Civil Veterinary Department. United Provinces 1923-31 - 1923-1931
Year: 1923
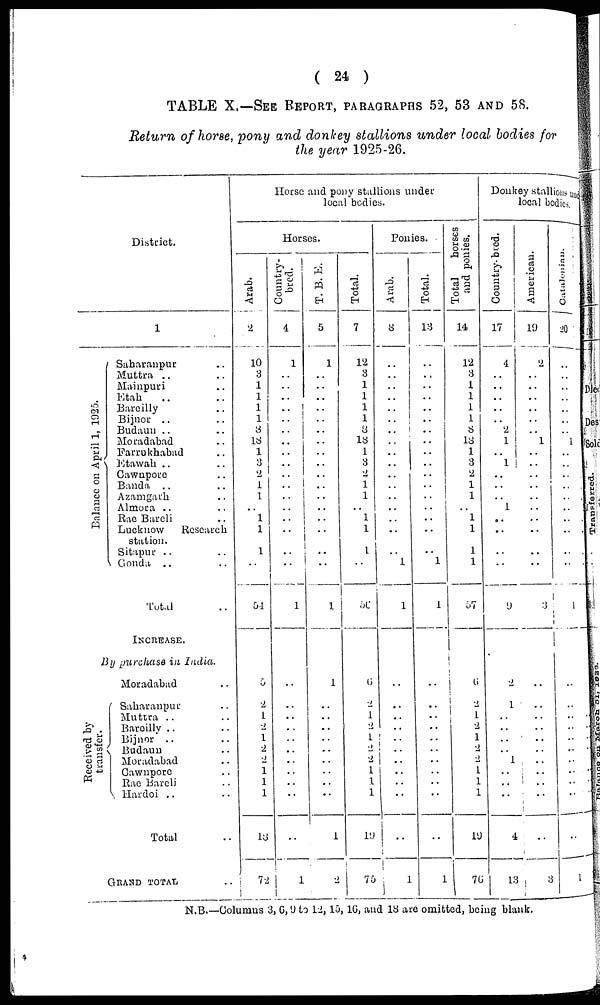
( 24 )
TABLE X.—SEE REPORT, PARAGRAPHS 52, 53 AND 58.
Return of horse, pony and donkey stallions under local bodies for
the year 1925-26.
District.
1
Ba l
a nc e on Apri l 1, 1925.
Saharanpur ..
Muttra .. ..
Mainpuri ..
Etah .. ..
Bareilly ..
Bijnor .. ..
Budaun .. ..
Moradabad ..
Farrukhabad ..
Etawah .. ..
Cawnpore ..
Banda .. ..
Azamgarh ..
Almora .. ..
Rae Bareli ..
Lucknow
Research
station.
Sitapur .. ..
Gonda .. ..
Total ..
INCREASE.
By purchase in India.
Moradabad ..
Received byt ransfer.
Saharaupur ..
Muttra .. ..
Bareilly .. ..
Bijnor .. ..
Budaun ..
Moradabad ..
Cawnpore ..
Rae Bareli ..
Hardoi .. ..
Total
GRAND TOTAL ..
Horse and pony stallions under
local bodies.
Horses.
Arab.
2
10
3
1
1
1
1
8
18
1
3
2
1
1
..
1
1
1
..
54
5
2
1
2
1
2
2
1
1
1
18
72
Country-
bred.
4
1
..
..
..
..
..
..
..
..
..
..
..
..
..
..
..
..
..
1
..
..
..
..
..
..
..
..
..
..
..
1
T. B. E.
5
1
..
..
..
..
..
..
..
..
..
..
..
..
..
..
..
..
..
1
1
..
..
..
..
..
..
..
..
..
1
2
Total.
7
12
3
1
1
1
1
8
18
1
3
2
1
1
..
1
1
1
..
56
6
2
1
2
1
2
2
1
1
1
19
75
Ponies.
Arab.
8
..
..
..
..
..
..
..
..
..
..
..
..
..
..
..
..
..
1
1
..
..
..
..
..
..
..
..
..
..
..
1
Total.
13
..
..
..
..
..
..
..
..
..
..
..
..
..
..
..
..
..
1
1
..
..
..
..
..
..
..
.. ..
..
..
..
1
Total
horses
and ponies.
14
12
3
1
1
1
1
8
18
1
3
2
1
1
..
1
1
1
1
57
6
2
1
2
1
2
2
1
1
1
19
76
Donkey stallions und
local bodies.
Country-bred.
17
4
..
..
..
..
..
2
1
..
1
..
..
..
1
..
..
..
..
9
2
1
..
..
..
..
1
..
..
..
4
13
American.
19
2
..
..
..
..
..
..
1
..
..
..
..
..
..
..
..
..
..
3
..
..
..
..
..
..
..
..
..
..
..
3
Catalonian.
20
..
..
..
..
..
..
..
1
..
..
..
..
..
..
..
..
..
..
1
..
..
..
..
..
..
..
..
..
..
..
1
N.B.—Columns 3, 6, 9 to 12, 15, 16, and 18 are omitted, being blank.